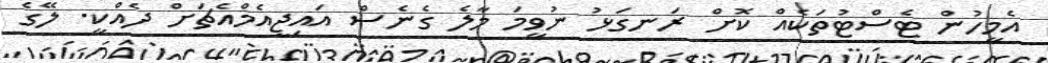
އެމީހުން ޓެސްޓުތަކެއް ކޮށް ރަނގަޅު ނުވީމަ މާލެ ގެނެސް އައިޖީއެމްއެޗަށް ދެއްކީ. ލޭގެ